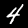
Label: 4